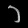
Digit: ၁